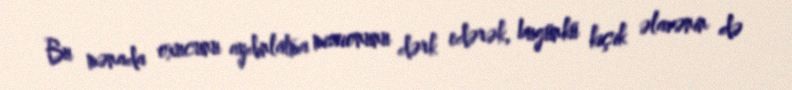
Bu mənada oxucunu aydınlatma missionunu dərk edərək, bugünkü kiçik əlavənin də